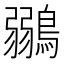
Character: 鶸